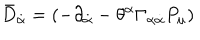
LaTeX: { \bar { D } } _ { \dot { \alpha } } = \left( - \partial _ { \dot { \alpha } } - \theta ^ { \alpha } \Gamma _ { \alpha \dot { \alpha } } P _ { \mu } \right)